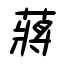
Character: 蔣